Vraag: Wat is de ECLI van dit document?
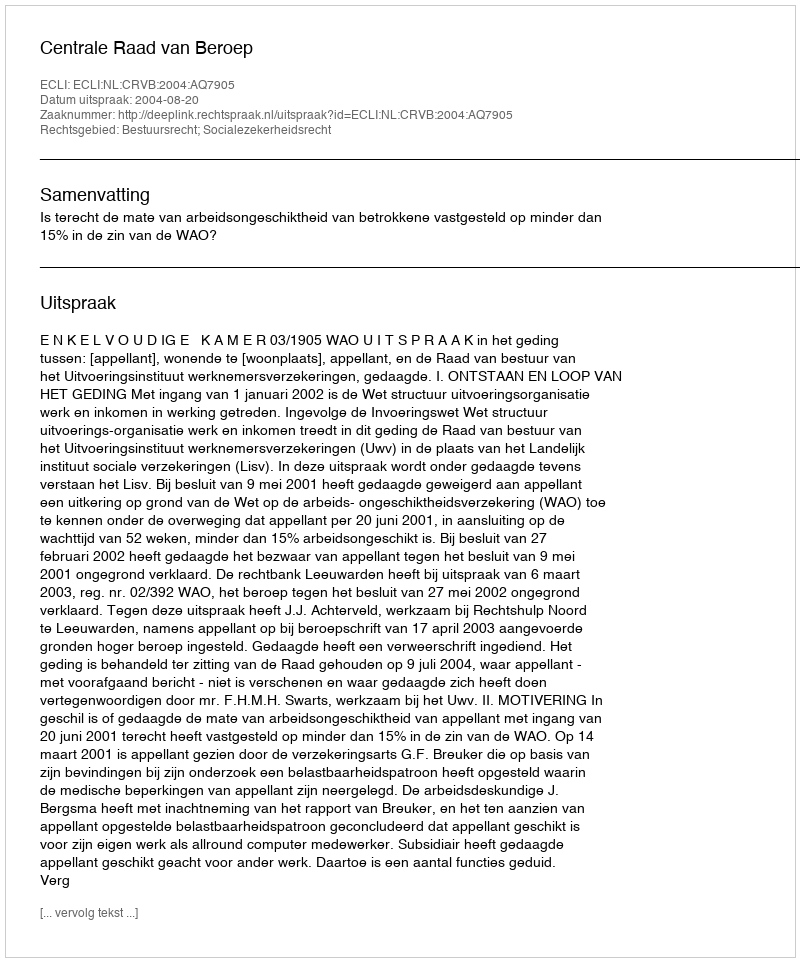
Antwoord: ECLI:NL:CRVB:2004:AQ7905